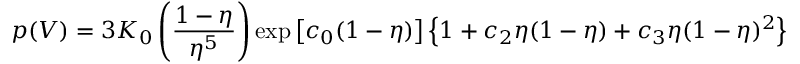
p ( V ) = 3 K _ { 0 } \left( { \frac { 1 - \eta } { \eta ^ { 5 } } } \right) \exp \left[ c _ { 0 } ( 1 - \eta ) \right] \left\{ 1 + c _ { 2 } \eta ( 1 - \eta ) + c _ { 3 } \eta ( 1 - \eta ) ^ { 2 } \right\}